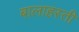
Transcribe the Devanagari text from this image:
बालाहस्ती